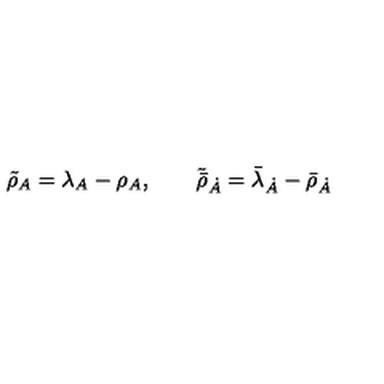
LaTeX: \tilde { { \rho } } _ { A } = \lambda _ { A } - \rho _ { A } , \qquad \tilde { \bar { \rho } } _ { \dot { A } } = \bar { \lambda } _ { \dot { A } } - \bar { \rho } _ { \dot { A } }